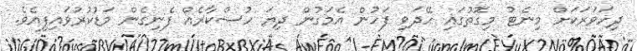
ދިހަވަރަކަށް މިނެޓު މިގޮތުގައި ހޭދަވި ފަހުން އެމަގުން ދިޔަ ހުސްކާރެއް ފެނިގެން މަޑުކުރުވައިފިއެވެ.